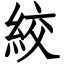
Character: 絞